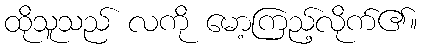
ထိုသူသည် လကို မော့ကြည့်လိုက်၏။